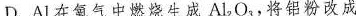
D.Al在氧气中燃烧生成Al_{2}O_{3}，将铝粉改成